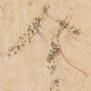
今